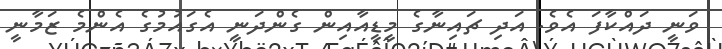
ވަނީ ދައްކާފަ އެވެ. އަދި ޗައިނާގެ މީޑީއާއިން ގެންދަނީ އެގައުމުގެ އެންމެ ޒަމާނީ